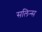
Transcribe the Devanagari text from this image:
सलिन्स